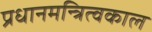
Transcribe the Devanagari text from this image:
प्रधानमन्त्रित्वकाल